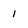
Character: 1